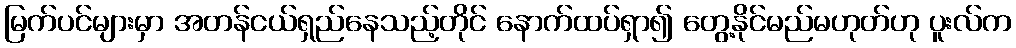
မြက်ပင်များမှာ အတန်ငယ်ရှည်နေသည့်တိုင် နောက်ထပ်ရှာ၍ တွေ့နိုင်မည်မဟုတ်ဟု ပူးလ်က